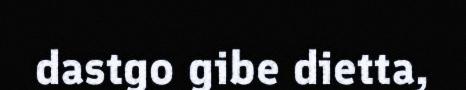
dastgo gibe dietta,